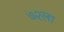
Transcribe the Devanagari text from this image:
७२ला